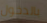
بالدخول